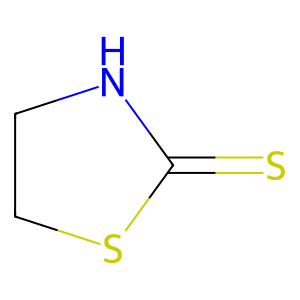
SMILES: S=C1NCCS1
Inhibits HIV replication: No